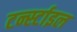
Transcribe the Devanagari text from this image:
टर्न्स्टाइल